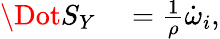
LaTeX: \begin{array}{rl}{\Dot{S_{Y}}}&{{}=\frac{1}{\rho}\dot{\omega}_{i},}\end{array}